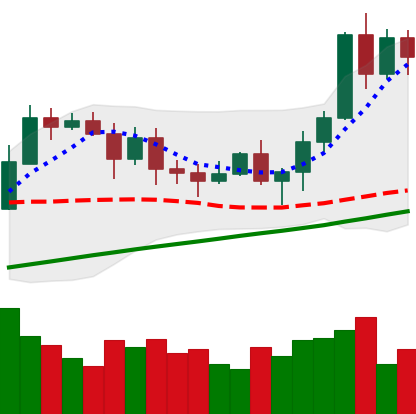
Ticker: ETH-USD
Chart end date: 2020-11-09
Forward return: 3.599%
Label: up_3_5